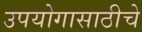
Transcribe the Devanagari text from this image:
उपयोगासाठीचे